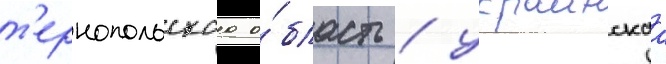
т'ернопольскаа о́бласть / украинскаа